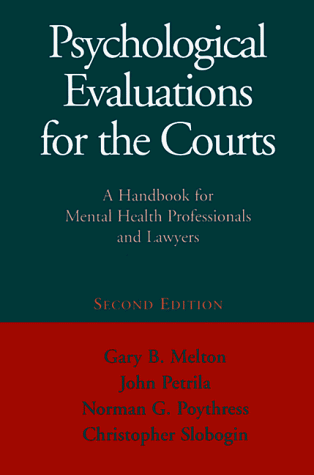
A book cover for Psychological Evaluations for the Courts: A Handbook for Mental Health Professionals and Lawyers, Second Edition; Gary B. Melton PhD; Law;